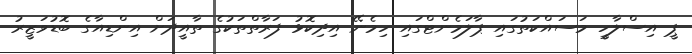
ޕީ އިސްލާހީ މަސައްކަތުގައި ޕާލަމެންޓްގައި ހިމެނޭ އިދިކޮޅު ފަރާތްތަކުގެ ތާއީދަށް އިންޑިއާގެ ބޮޑުވަޒީރު